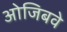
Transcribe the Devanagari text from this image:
ओजिबवे